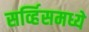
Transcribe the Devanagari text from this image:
सर्व्हिसमध्ये